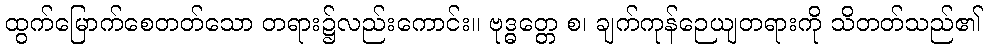
ထွက်မြောက်စေတတ်သော တရား၌လည်းကောင်း။ ဗုဒ္ဓတ္တေ စ၊ ချက်ကုန်ဉေယျတရားကို သိတတ်သည်၏